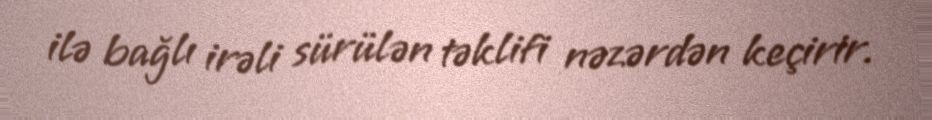
ilə bağlı irəli sürülən təklifi nəzərdən keçirir.